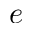
e